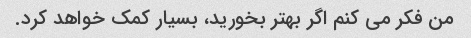
من فکر می کنم اگر بهتر بخورید، بسیار کمک خواهد کرد.